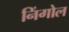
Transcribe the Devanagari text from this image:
निंगोल